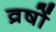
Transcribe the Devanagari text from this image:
व्रषों